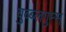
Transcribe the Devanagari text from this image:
बुब्ब्लगुम्स्